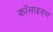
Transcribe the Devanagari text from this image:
कॉसाइड्स